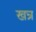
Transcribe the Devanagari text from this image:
खन्र